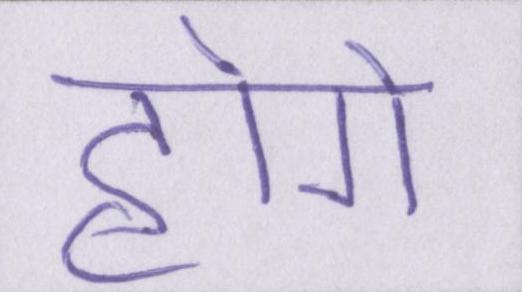
होगे